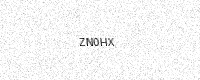
Text: ZN0HX